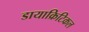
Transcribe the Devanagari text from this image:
डायाक्रिटिकल